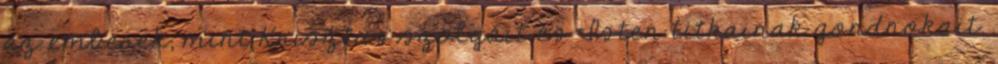
az emberek, mint Krisztus szolgáit és Isten titkainak gondnokait.